Scottish Leaving Certificate Examination, 1956
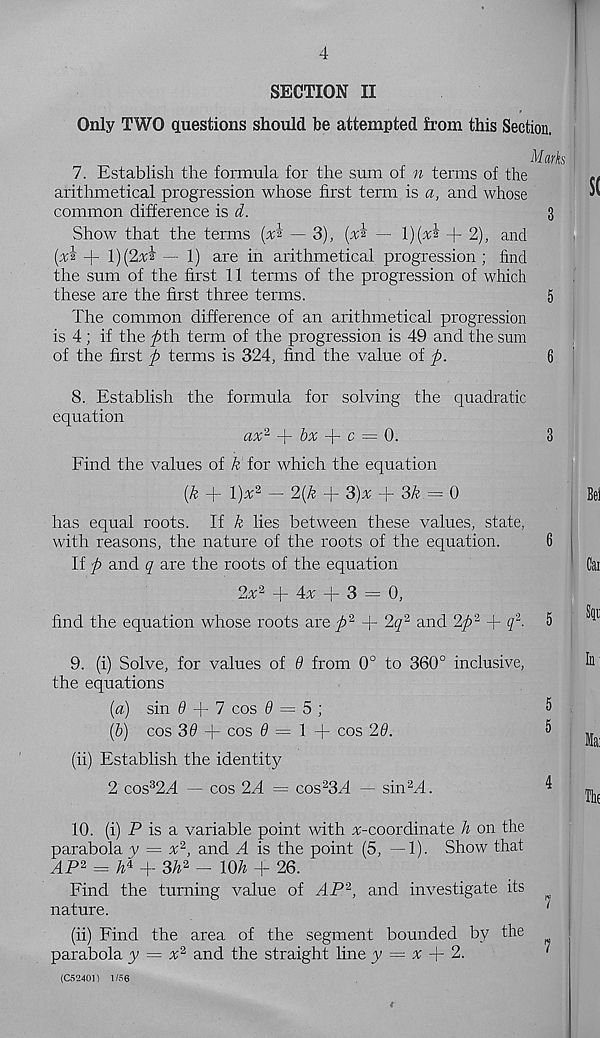
4
SECTION II
Only TWO questions should be attempted from this Section.
Mar
7. Establish the formula for the sum of n terms of the
arithmetical progression whose first term is a, and whose
common difference is d.
3
Show that the terms (xi — 3), {xk — l)(xi
2), and
(xi + l){2x* — 1) are in arithmetical progression ; find
the sum of the first 11 terms of the progression of which
these are the first three terms.
5
The common difference of an arithmetical progression
is 4 ; if the ^>th term of the progression is 49 and the sum
of the first ft terms is 324, find the value of ft.
6
8. Establish the formula for solving the quadratic
equation
ax 2 ft- bx ft- c = Q.
3
Find the values of k for which the equation
(k ft- \)x 2 — 2{k + 3)x -|- 3& = 0
Bei
has equal roots. If k lies between these values, state,
with reasons, the nature of the roots of the equation.
6 j
If ft and q are the roots of the equation
Cat
2jc 2 + 4^ + 3 = 0,
find the equation whose roots are ft 2 ft- 2q > - and 2p % + q 2 . 5
^
9. (i) Solve, for values of 6 from 0° to 360° inclusive,
h
the equations
[a) sin 6 ft- 7 cos 6 = 5]
5
(b) cos 39 + cos 0=1 + cos 26.
<>
^
(ii) Establish the identity
2 cos 3 2+ — cos 2A = cos 2 3^4 — sin+l.
4
10. (i) P is a variable point with ^-coordinate h on the
parabola y = x 2 , and A is the point (5, — 1). Show that
,4P2 = + + 3h 2 - V3h ft- 26.
Find the turning value of AP 2 , and investigate its
nature.
(ii) Find the area of the segment bounded by the
parabola y = x 2 and the straight line y = x ft- 2.
(C52401) 1/56